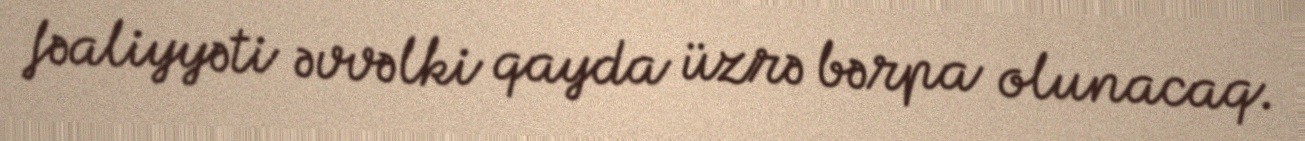
fəaliyyəti əvvəlki qayda üzrə bərpa olunacaq.